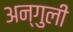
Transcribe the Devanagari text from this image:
अन्गुली